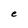
Character: e